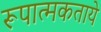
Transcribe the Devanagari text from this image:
रूपात्मकताये